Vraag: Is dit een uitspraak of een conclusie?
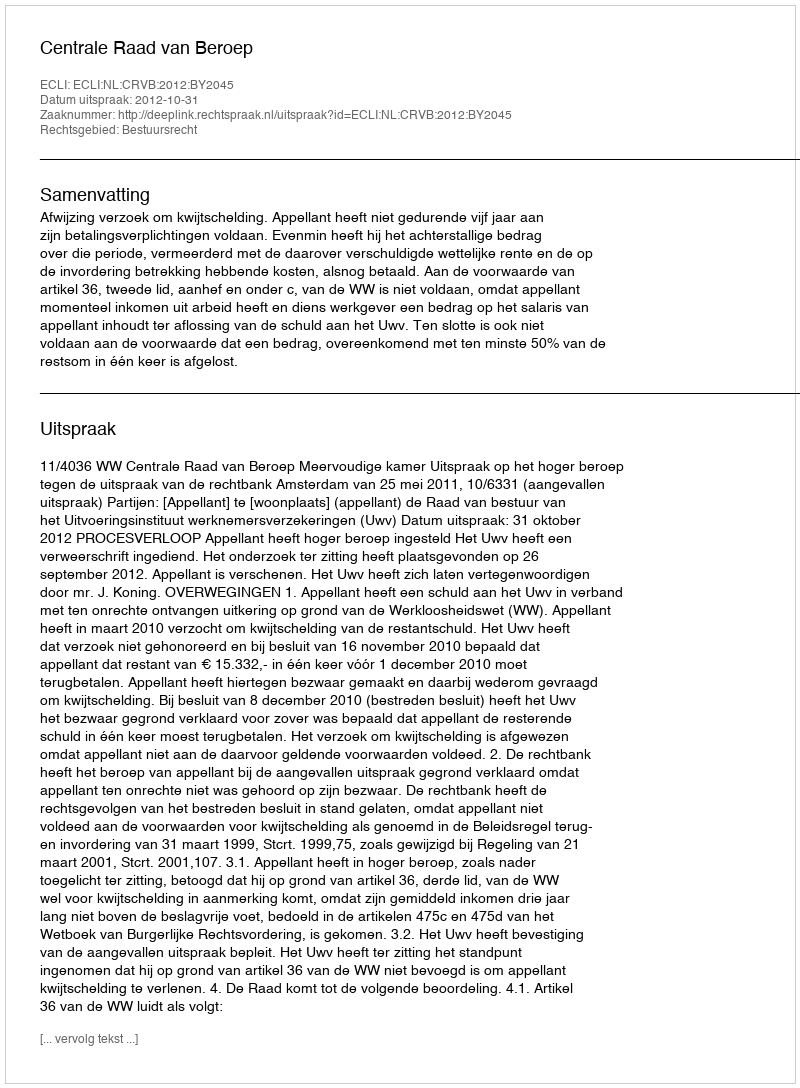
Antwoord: Uitspraak